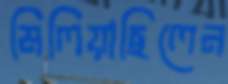
মিলিয়াছিলেন